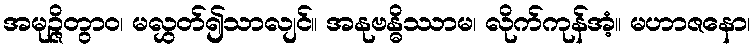
အမုဉ္ဇိတွာဝ၊ မလွှတ်၍သာလျင်။ အနုဗန္ဓိဿာမ၊ လိုက်ကုန်အံ့။ မဟာဇနော၊